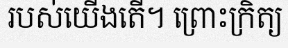
របស់យើងតើ។ ព្រោះក្រិត្យ